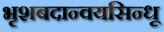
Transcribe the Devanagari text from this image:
भृशबदान्वयसिन्धू